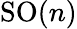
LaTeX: \operatorname{SO}(n)